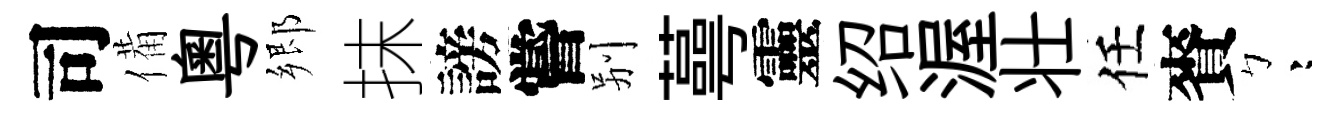
司備粤郷抹謗嘗别蕚靈绍渥壮任賚彎